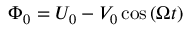
\Phi _ { 0 } = U _ { 0 } - V _ { 0 } \cos \left( \Omega t \right)